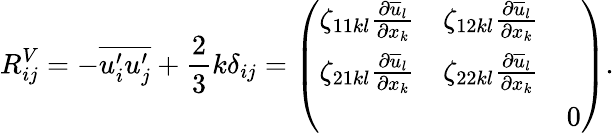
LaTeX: R_{ij}^{V}=-\overline{{u_{i}^{\prime}u_{j}^{\prime}}}+\frac{2}{3}k\delta_{ij}=\left(\begin{array}{lll}{\zeta_{11kl}\frac{\partial\overline{{u}}_{l}}{\partial x_{k}}}&{\zeta_{12kl}\frac{\partial\overline{{u}}_{l}}{\partial x_{k}}}&\\ {\zeta_{21kl}\frac{\partial\overline{{u}}_{l}}{\partial x_{k}}}&{\zeta_{22kl}\frac{\partial\overline{{u}}_{l}}{\partial x_{k}}}&\\ &&{0}\end{array}\right).